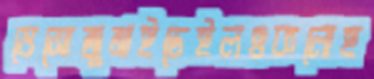
ভেসোজুমাইডেইলওকলোহ